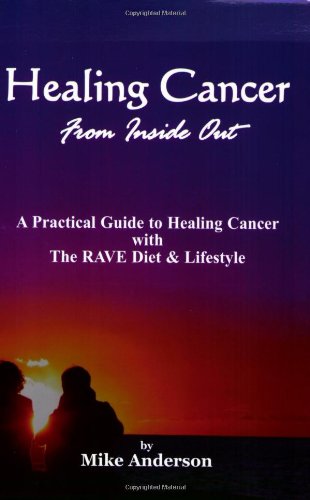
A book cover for Healing Cancer From Inside Out; Mike Anderson; Medical Books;